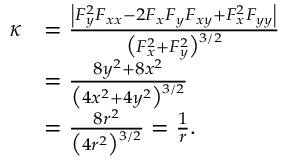
{ \begin{array} { r l } { \kappa } & { = { \frac { \left| F _ { y } ^ { 2 } F _ { x x } - 2 F _ { x } F _ { y } F _ { x y } + F _ { x } ^ { 2 } F _ { y y } \right| } { { \bigl ( } F _ { x } ^ { 2 } + F _ { y } ^ { 2 } { \bigr ) } { \vphantom { ' } } ^ { 3 / 2 } } } } \\ & { = { \frac { 8 y ^ { 2 } + 8 x ^ { 2 } } { { \bigl ( } 4 x ^ { 2 } + 4 y ^ { 2 } { \bigr ) } { \vphantom { ' } } ^ { 3 / 2 } } } } \\ & { = { \frac { 8 r ^ { 2 } } { { \bigl ( } 4 r ^ { 2 } { \bigr ) } { \vphantom { ' } } ^ { 3 / 2 } } } = { \frac { 1 } { r } } . } \end{array} }